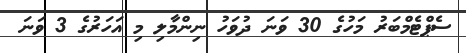
ސެޕްޓެމްބަރު މަހުގެ 30 ވަނަ ދުވަހު ނިންމާލި މި އަހަރުގެ 3 ވަނަ